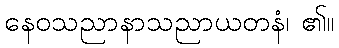
နေဝသညာနာသညာယတနံ၊ ၏။